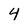
Character: 4